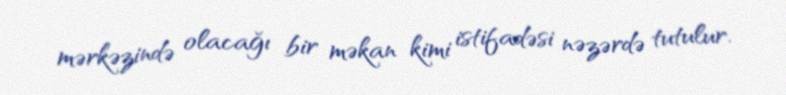
mərkəzində olacağı bir məkan kimi istifadəsi nəzərdə tutulur.